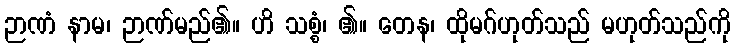
ဉာဏံ နာမ၊ ဉာဏ်မည်၏။ ဟိ သစ္စံ၊ ၏။ တေန၊ ထိုမဂ်ဟုတ်သည် မဟုတ်သည်ကို